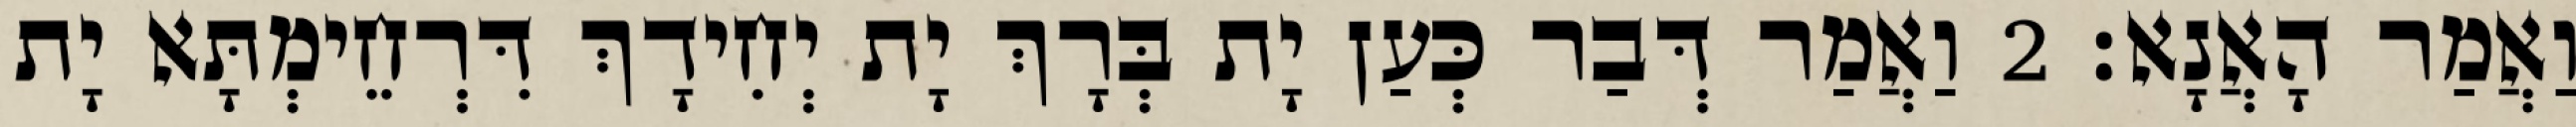
וַאֲמַר הָאֲנָא׃ 2 וַאֲמַר דְּבַר כְּעַן יָת בְּרָךְ יָת יְחִידָךְ דִּרְחֵימְתָּא יָת